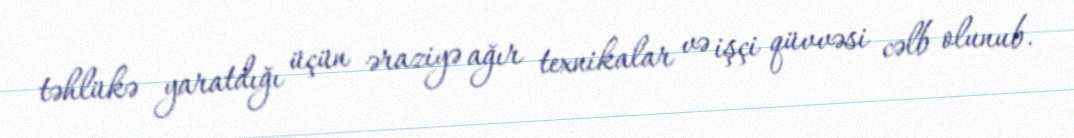
təhlükə yaratdığı üçün əraziyə ağır texnikalar və işçi qüvvəsi cəlb olunub.